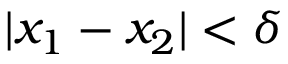
| x _ { 1 } - x _ { 2 } | < \delta